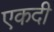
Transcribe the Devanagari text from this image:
एकदी